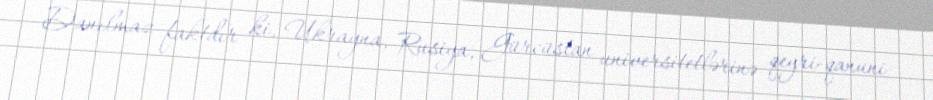
Danılmaz faktdır ki, Ukrayna, Rusiya, Gürcüstan universitetlərinə qeyri-qanuni